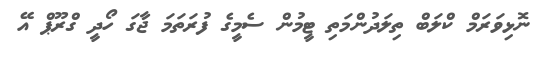
ނޮޅިވަރަމް ކްލަބް ތިލަދުންމަތި ޓީމުން ސެމީގެ ފުރަތަމަ ޖާގަ ހޯދީ ގްރޫޕް އޭ